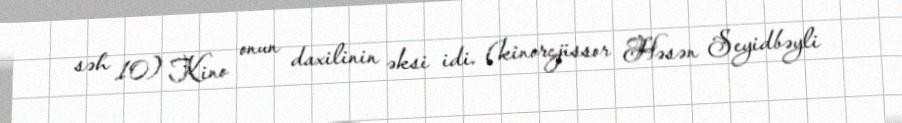
səh 10) Kino onun daxilinin əksi idi. (kinorejissor Həsən Seyidbəyli